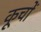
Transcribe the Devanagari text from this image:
कूचों